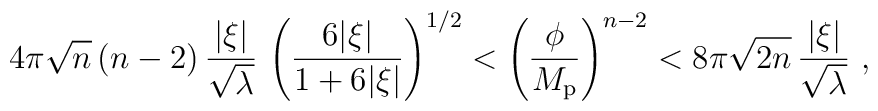
4\pi\sqrt n\,(n-2)\,{|\xi|\over\sqrt\lambda}\,\left({6|\xi|\over1+6|\xi|}\right)^{1/2} <\left({\phi\over M_{\rm p}}\right)^{n-2} <8\pi\sqrt{2n}\,{|\xi|\over\sqrt\lambda}\ ,